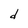
Character: d